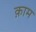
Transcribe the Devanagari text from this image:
क़ाम